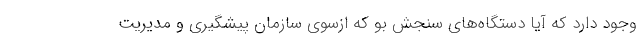
وجود دارد که آیا دستگاه‌های سنجش بو که ازسوی سازمان پیشگیری و مدیریت